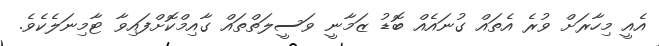
އެއީ މިހާރަށް ވުރެ އެތައް ގުނައެއް ބޮޑު ޒަމާނީ ވަސީލަތްތައް ގާއިމްކޮށްފައިވާ ޓާމިނަލެކެވެ.